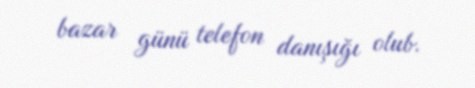
bazar günü telefon danışığı olub.